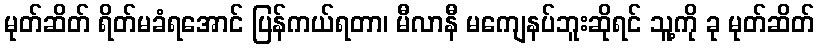
မုတ်ဆိတ် ရိတ်မခံရအောင် ပြန်ကယ်ရတာ၊ မီလာနီ မကျေနပ်ဘူးဆိုရင် သူ့ကို ခု မုတ်ဆိတ်